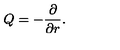
Q = - { \frac { \partial } { \partial r } } .